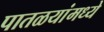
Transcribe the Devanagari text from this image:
पातळयांमध्ये